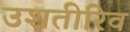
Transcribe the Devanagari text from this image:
उशतीरिव